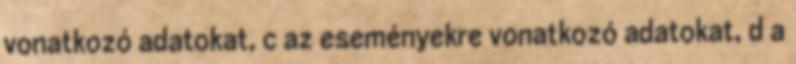
vonatkozó adatokat, c az eseményekre vonatkozó adatokat, d a